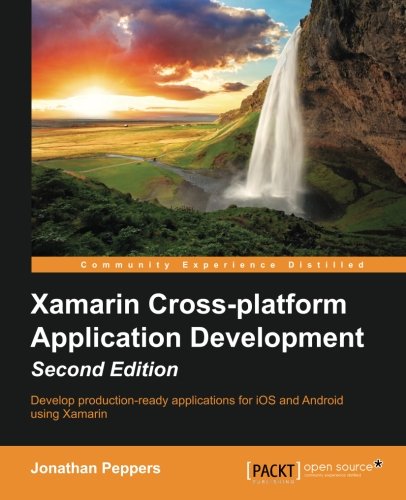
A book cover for Xamarin Cross-platform Application Development - Second Edition; Jonathan Peppers; Computers & Technology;